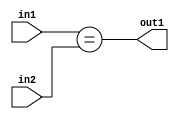
`timescale 1ps / 1ps
/*****************************************************************************
    Verilog RTL Description
    
    
    Created by: Stratus DpOpt 2019.1.01 
*******************************************************************************/

module GaussFilter_Equal_2Ux1U_1U_4 (
	in2,
	in1,
	out1
	); /* architecture "behavioural" */ 
input [1:0] in2;
input  in1;
output  out1;
wire  asc001;

assign asc001 = (in1==in2);

assign out1 = asc001;
endmodule

/* CADENCE  urn0TQ0= : u9/ySgnWtBlWxVPRXgAZ4Og= ** DO NOT EDIT THIS LINE ******/